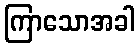
ကြာသောအခါ